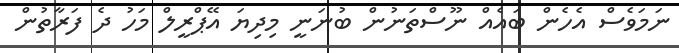
ނަމަވެސް އެހެން ބައެއްް ނޫސްތަނުން ބުނަނީ މިދިޔަ އޭޕްރީލް މަހު ދެ ފަރާތުން